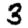
Digit: 3